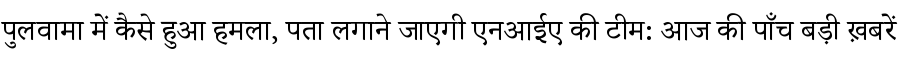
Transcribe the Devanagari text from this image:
पुलवामा में कैसे हुआ हमला, पता लगाने जाएगी एनआईए की टीम: आज की पाँच बड़ी ख़बरें